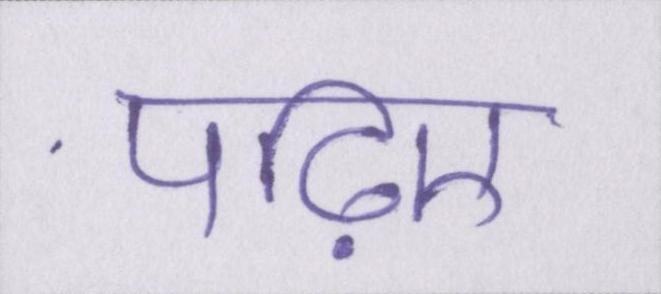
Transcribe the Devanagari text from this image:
पढ़िए